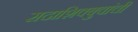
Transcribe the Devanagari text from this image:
सदाशिवबुवांची